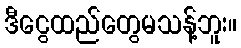
ဒီငွေထည်တွေမသန့်ဘူး။